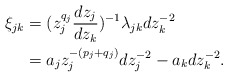
\begin{align*}\xi_{jk} & = (z_j^{q_j}\frac{dz_j}{dz_k})^{-1}\lambda_{jk}dz_k^{-2} \\& = a_jz_j^{-(p_j+q_j)}dz_j^{-2} - a_kdz_k^{-2}.\end{align*}